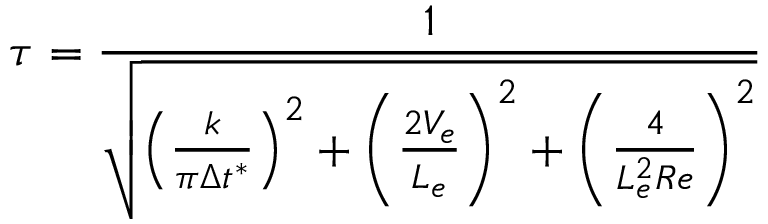
\tau = \frac { 1 } { \sqrt { \left( \frac { k } { \pi \Delta t ^ { * } } \right) ^ { 2 } + \left( \frac { 2 V _ { e } } { L _ { e } } \right) ^ { 2 } + \left( \frac { 4 } { L _ { e } ^ { 2 } R e } \right) ^ { 2 } } }